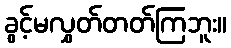
ခွင့်မလွှတ်တတ်ကြဘူး။